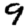
Digit: 9